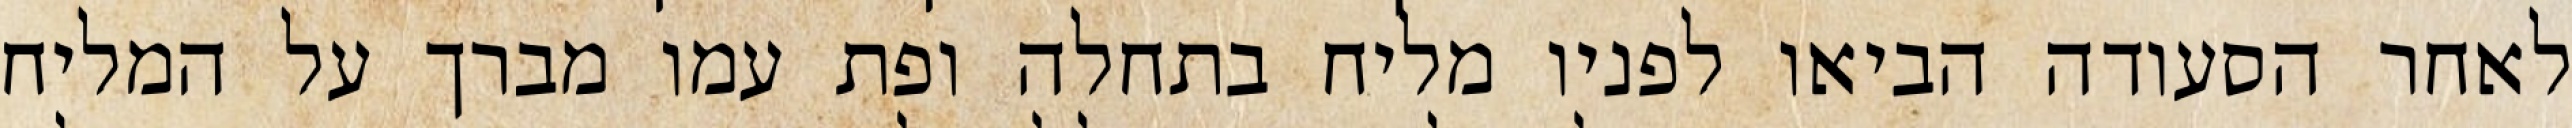
לאחר הסעודה הביאו לפניו מליח בתחלה ופת עמו מברך על המליח